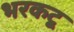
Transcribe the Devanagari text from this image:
भरकटू